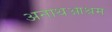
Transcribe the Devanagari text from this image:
अनाथआश्रम